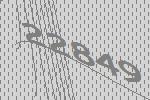
22849